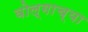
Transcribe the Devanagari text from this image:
वोल्गाच्या